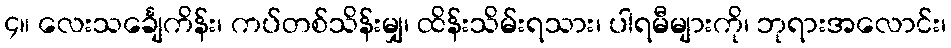
၄။ လေးသင်္ချေကိန်း၊ ကပ်တစ်သိန်းမျှ၊ ထိန်းသိမ်းရသား၊ ပါရမီများကို၊ ဘုရားအလောင်း၊